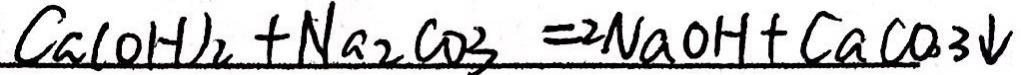
C a ( O H ) _ { 2 } + N a _ { 2 } C O _ { 3 } = 2 N a O H + C a C O _ { 3 } \downarrow